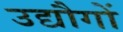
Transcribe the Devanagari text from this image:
उद्यौगों